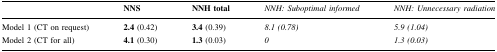
|  | NNS | NNH total | NNH: Suboptimal informed | NNH: Unnecessary radiation |
 | --- | --- | --- | --- | --- |
 | Model 1 (CT on request) | 2.4 (0.42) | 3.4 (0.39) | 8.1 (0.78) | 5.9 (1.04) |
 | Model 2 (CT for all) | 4.1 (0.30) | 1.3 (0.03) | 0 | 1.3 (0.03) |